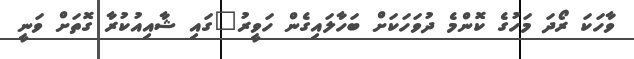
ވާހަކަ ރޯދަ މަހުގެ ކޮންމެ ދުވަހަކަށް ބަހާލައިގެން ހަވީރު"ގައި ޝާއިއުކުރާ ގޮތަށް ވަނީ